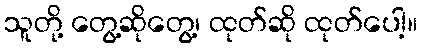
သူတို့ တွေ့ဆိုတွေ့၊ ထုတ်ဆို ထုတ်ပေါ့။